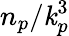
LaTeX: n_{p}/\mathit{k}_{p}^{3}